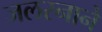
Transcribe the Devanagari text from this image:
जलस्नाने